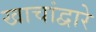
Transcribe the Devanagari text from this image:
खाचांद्वारे